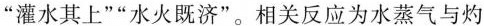
”灌水其上””水火既济”。相关反应为水蒸气与灼